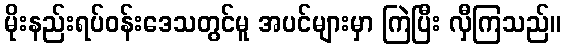
မိုးနည်းရပ်ဝန်းဒေသတွင်မူ အပင်များမှာ ကြဲပြီး လှီကြသည်။